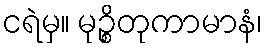
ငရဲမှ။ မုဉ္စိတုကာမာနံ၊